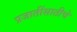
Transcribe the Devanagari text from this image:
प्रजातींसाठीचे